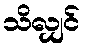
သိလျှင်